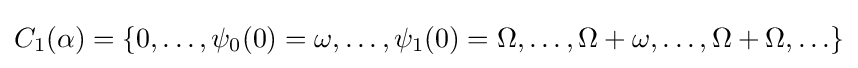
C_{1}(\alpha )=\{0,\ldots ,\psi _{0}(0)=\omega ,\ldots ,\psi _{1}(0)=\Omega ,\ldots ,\Omega +\omega ,\ldots ,\Omega +\Omega ,\ldots \}